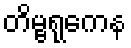
တိမ္ဗရုကေန